Annual administration report of the Bombay Presidency - 1887-1892
Year: 1887
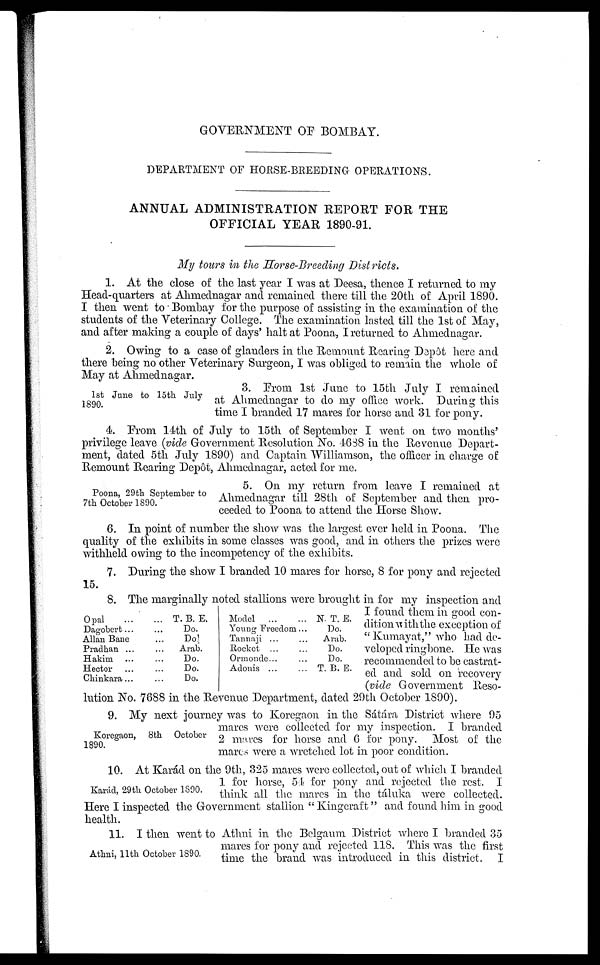
GOVERNMENT OF BOMBAY.
DEPARTMENT OF HORSE-BREEDING OPERATIONS.
ANNUAL ADMINISTRATION REPORT FOR THE
OFFICIAL YEAR 1890-91.
My tours in the Horse-Breeding Districts.
1. At the close of the last year I was at Deesa, thence I returned to my
Head-quarters at Ahmednagar and remained there till the 20th of April 1890.
I then went to Bombay for the purpose of assisting in the examination of the
students of the Veterinary College. The examination lasted till the 1st of May,
and after making a couple of days' halt at Poona, I returned to Ahmednagar.
2. Owing to a case of glanders in the Remount Rearing Depôt here and
there being no other Veterinary Surgeon, I was obliged to remain the whole of
May at Ahmednagar.
1st June to 15th July
1890.
3. From 1st June to 15th July I remained
at Ahmednagar to do my office work. During this
time I branded 17 mares for horse and 31 for pony.
4. From 14th of July to 15th of September I went on two months'
privilege leave (vide Government Resolution No. 4688 in the Revenue Depart-
ment, dated 5th July 1890) and Captain Williamson, the officer in charge of
Remount Rearing Depôt, Ahmednagar, acted for me.
Poona, 29th September to
7th October 1890.
5. On my return from leave I remained at
Ahmednagar till 28th of September and then pro-
ceeded to Poona to attend the Horse Show.
6. In point of number the show was the largest ever held in Poona. The
quality of the exhibits in some classes was good, and in others the prizes were
withheld owing to the incompetency of the exhibits.
7. During the show I branded 10 mares for horse, 8 for pony and rejected
15.
Opal ... ...
Dagobert ...
...
Allan Bane
...
Pradhan ...
...
Hakim
...
...
Hector
...
Chinkara...
T. B. E.
Do.
Do.
Arab.
Do.
Do.
Do.
Model ...
...
Young Freedom ...
Tannaji ...
...
Rocket ...
...
Ormonde...
...
Adonis ...
N. T. E.
Do.
Arab.
Do.
Do.
T. B. E.
8. The marginally noted stallions were brought in for my inspection and
I found them in good con-
dition with the exception of
"Kumayat," who had de-
veloped ringbone. He was
recommended to be castrat-
ed and sold on recovery
(vide Government Reso-
lution No. 7688 in the Revenue Department, dated 29th October 1890).
Koregaon, 8th October
1890.
9. My next journey was to Koregaon in the Sátára District where 95
mares were collected for my inspection. I branded
2 mares for horse and 6 for pony. Most of the
mares were a wretched lot in poor condition.
Karád, 29th October 1890.
10. At Karád on the 9th, 325 mares were collected, out of which I branded
1 for horse, 54 for pony and rejected the rest. I
think all the mares in the táluka were collected.
Here I inspected the Government stallion "Kingcraft" and found him in good
health.
Athni, 11th October 1890.
11. I then went to Athni in the Belgaum District where I branded 35
mares for pony and rejected 118. This was the first
time the brand was introduced in this district. I